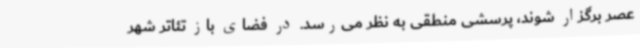
عصر برگزار شوند، پرسشی منطقی به نظر می‌رسد. در فضای باز تئاتر شهر